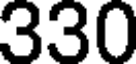
330